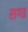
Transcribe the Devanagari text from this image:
सगड